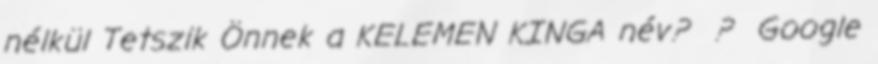
nélkül Tetszik Önnek a KELEMEN KINGA név? ? Google